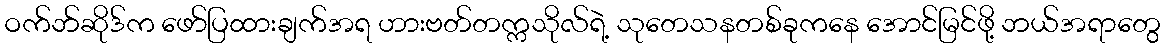
ဝက်ဘ်ဆိုဒ်က ဖော်ပြထားချက်အရ ဟားဗတ်တက္ကသိုလ်ရဲ့ သုတေသနတစ်ခုကနေ အောင်မြင်ဖို့ ဘယ်အရာတွေ